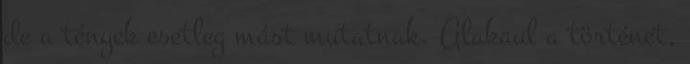
de a tények esetleg mást mutatnak. Alakaul a történet,